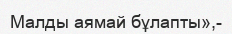
Малды аямай бұлапты»,-